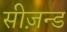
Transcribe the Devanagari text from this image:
सीज़न्ड